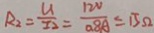
R _ { 2 } = \frac { U } { I _ { 2 } } = \frac { 1 2 V } { 0 . 8 A } = 1 5 \Omega